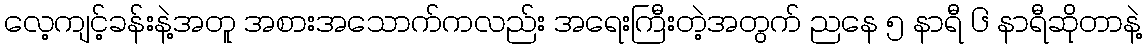
လေ့ကျင့်ခန်းနဲ့အတူ အစားအသောက်ကလည်း အရေးကြီးတဲ့အတွက် ညနေ ၅ နာရီ ၆ နာရီဆိုတာနဲ့